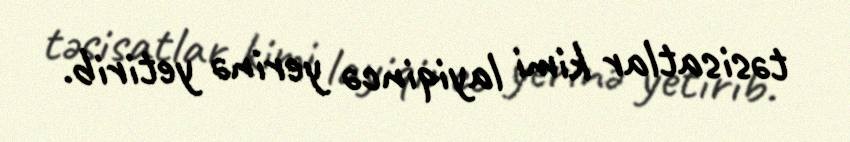
təsisatlar kimi layiqincə yerinə yetirib.